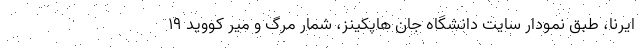
ایرنا، طبق نمودار سایت دانشگاه جان هاپکینز، شمار مرگ و میر کووید ۱۹